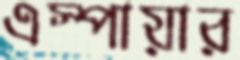
এস্পায়ার